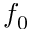
f _ { 0 }